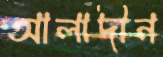
আলাদীন